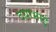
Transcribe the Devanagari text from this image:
दयाभाई